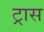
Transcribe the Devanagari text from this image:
ट्रास